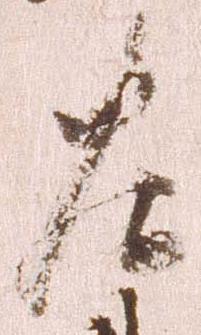
左